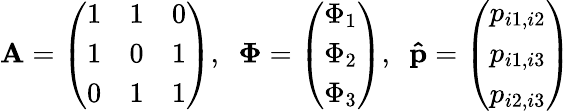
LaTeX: \mathbf{A}=\left(\begin{array}{lll}{1}&{1}&{0}\\ {1}&{0}&{1}\\ {0}&{1}&{1}\end{array}\right),\; \ \mathbf{\Phi}=\left(\begin{array}{l}{\Phi_{1}}\\ {\Phi_{2}}\\ {\Phi_{3}}\end{array}\right),\; \ \mathbf{\hat{p}}=\left(\begin{array}{l}{p_{i1,i2}}\\ {p_{i1,i3}}\\ {p_{i2,i3}}\end{array}\right)